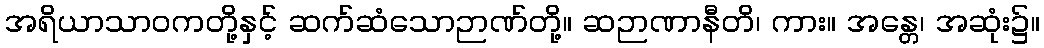
အရိယာသာဝကတို့နှင့် ဆက်ဆံသောဉာဏ်တို့။ ဆဉာဏာနီတိ၊ ကား။ အန္တေ၊ အဆုံး၌။